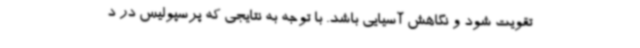
تقویت شود و نگاهش آسیایی باشد. با توجه به نتایجی که پرسپولیس در د